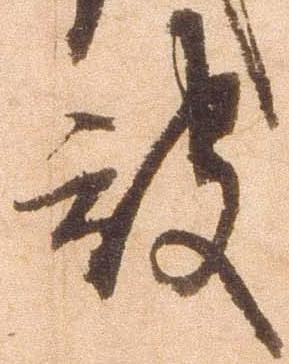
被